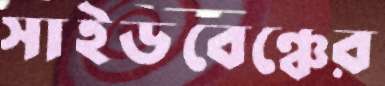
সাইডবেঞ্চের